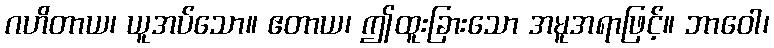
ဂဟိတာယ၊ ယူအပ်သော။ ဧတာယ၊ ဤထူးခြားသော အမူအရာဖြင့်။ ဘာဝေါ၊